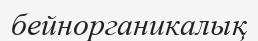
бейнорганикалық